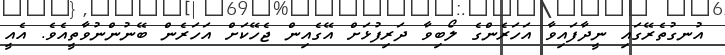
އުނގުތެރޭގައި ނީދާފައިވާ އަހަރެންގެ ލޯބިވާ ދަރިފުޅަށް އޭގެއިން ޖެހޭކަށް އަހަރެން ބޭނުންނުވާތީއެވެ. އެއީ